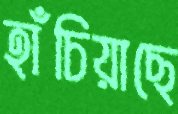
হাঁচিয়াছে